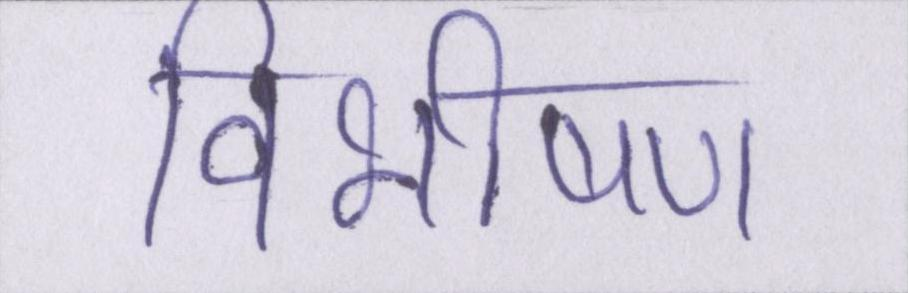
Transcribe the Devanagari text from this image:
विभीषण